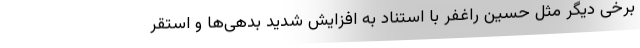
برخی دیگر مثل حسین راغفر با استناد به افزایش شدید بدهی‌ها و استقر